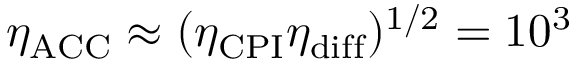
\eta _ { \mathrm { A C C } } \approx ( \eta _ { \mathrm { C P I } } \eta _ { \mathrm { d i f f } } ) ^ { 1 / 2 } = 1 0 ^ { 3 }